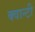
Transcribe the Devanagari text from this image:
क्वान्टी